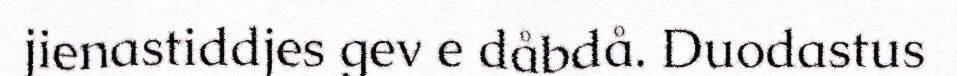
jienastiddjes gev e dåbdå. Duodastus